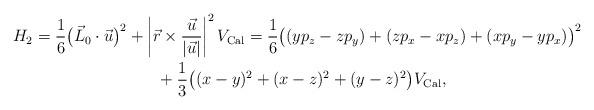
LaTeX: \begin{gather*} H_2 =\frac{1}{6} \big(\vec{L}_0\cdot \vec{u}\big)^2+\left|\vec{r}\times \frac{\vec{u}}{|\vec{u}|}\right|^2V_{\rm Cal}= \frac{1}{6} \big( (yp_z-zp_y)+(zp_x-xp_z)+(xp_y-yp_x)\big)^2\\\hphantom{H_2 =}{}+\frac{1}{3}\big((x-y)^2+(x-z)^2+(y-z)^2\big) V_{\rm Cal} ,\end{gather*}